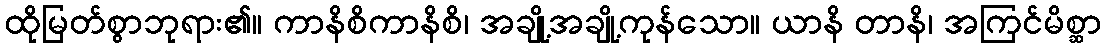
ထိုမြတ်စွာဘုရား၏။ ကာနိစိကာနိစိ၊ အချို့အချို့ကုန်သော။ ယာနိ တာနိ၊ အကြင်မိစ္ဆာ